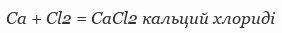
Са + Сl2 = СаСl2 кальций хлориді